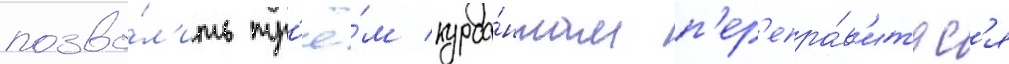
позво́л'ить тр'ё́м курса́нтам п'ер'епра́в'итьс'я